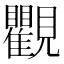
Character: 𧢩